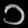
Digit: ၁